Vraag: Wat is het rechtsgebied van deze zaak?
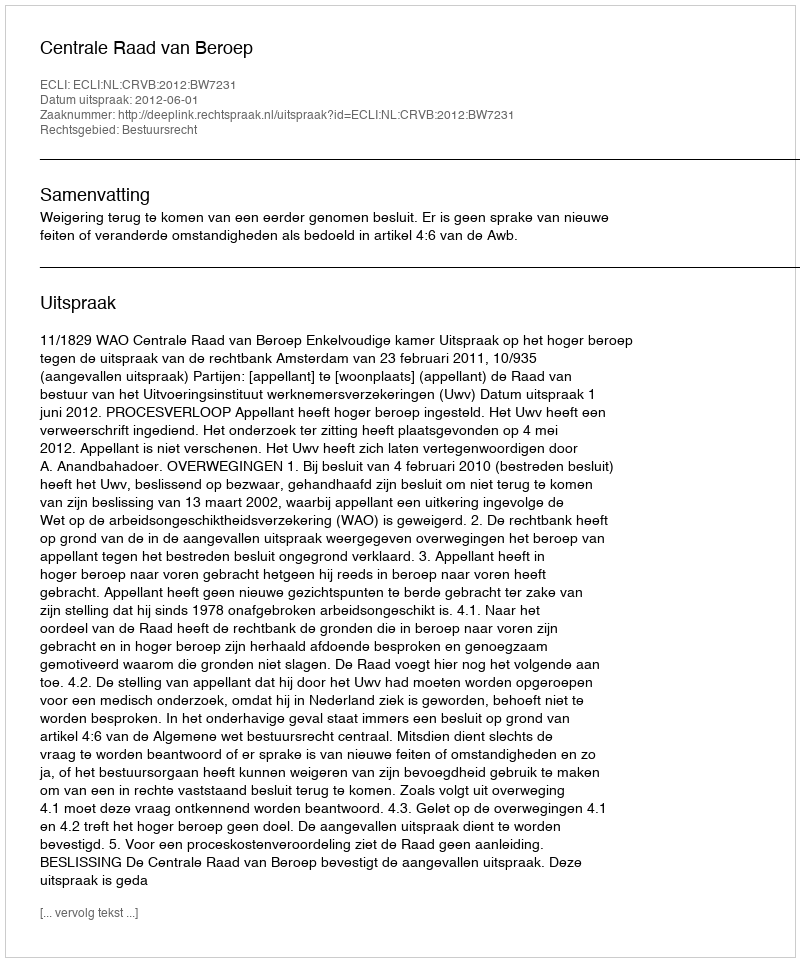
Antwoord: Bestuursrecht